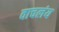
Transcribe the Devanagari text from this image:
वाचलंय